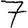
Digit: 7